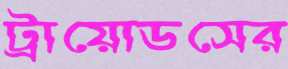
ট্রায়োডসের